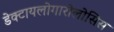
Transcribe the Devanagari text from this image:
डेक्टायलोगारोलोसिस